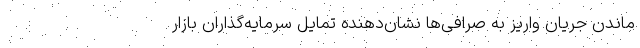
ماندن جریان واریز به صرافی‌ها نشان‌دهنده تمایل سرمایه‌گذاران بازار